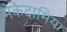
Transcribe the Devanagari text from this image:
मेकेदामिया